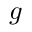
g